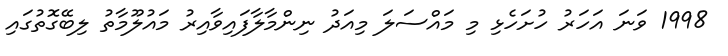
1998 ވަނަ އަހަރު ހުށަހެޅި މި މައްސަލަ މިއަދު ނިންމާލާފައިވާއިރު މައުލޫމާތު ލިބޭގޮތުގައި